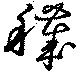
穢